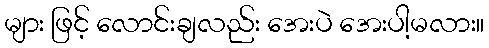
များ ဖြင့် လောင်းချလည်း အေးပဲ အေးပါ့မလား။